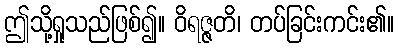
ဤသို့ရှုသည်ဖြစ်၍။ ဝိရဇ္ဇတိ၊ တပ်ခြင်းကင်း၏။